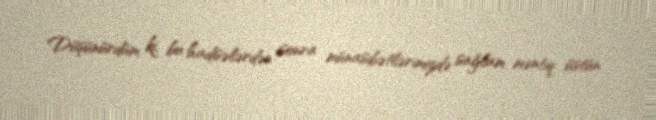
Düşünürdüm ki, bu hadisələrdən sonra münasibətlərimizdə sağlam məntiq üstün